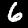
Label: 6